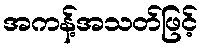
အကန့်အသတ်ဖြင့်